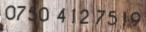
0750 412 7519